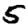
Digit: 5